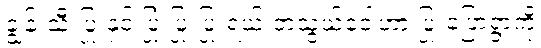
ချွန်းသီးပြုံးနှင့် ပြုံးပြုံးပြုံးရယ် တသွယ်ဝေါဟာ ပြုံးပြောရွာကို